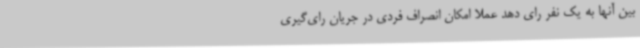
بین آنها به یک نفر رای دهد عملا امکان انصراف فردی در جریان رای‌گیری